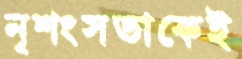
নৃশংসতাকেই